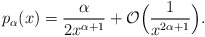
\begin{align*}p_{\alpha}(x)= \frac{\alpha}{2 x^{\alpha+1}}+\mathcal O\Big(\frac{1}{x^{2\alpha+1}}\Big).\end{align*}